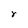
Character: r